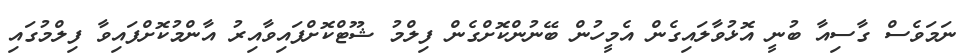
ނަމަވެސް ގާސިއާ ބުނީ އޮޅުވާލައިގެން އެމީހުން ބޭނުންކޮށްގެން ފިލްމު ޝޫޓްކޮށްފައިވާއިރު އާންމުކޮށްފައިވާ ފިލްމުގައި